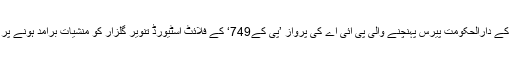
گزشتہ روز اسلام آباد سے فرانس کے دارالحکومت پیرس پہنچنے والی پی آئی اے کی پرواز ’پی کے749‘ کے فلائٹ اسٹیورڈ تنویر گلزار کو منشیات برآمد ہونے پر فرنچ پولیس نے گرفتار کرلیا تھا۔